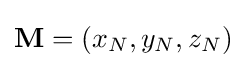
\mathbf {M} =(x_{N},y_{N},z_{N})